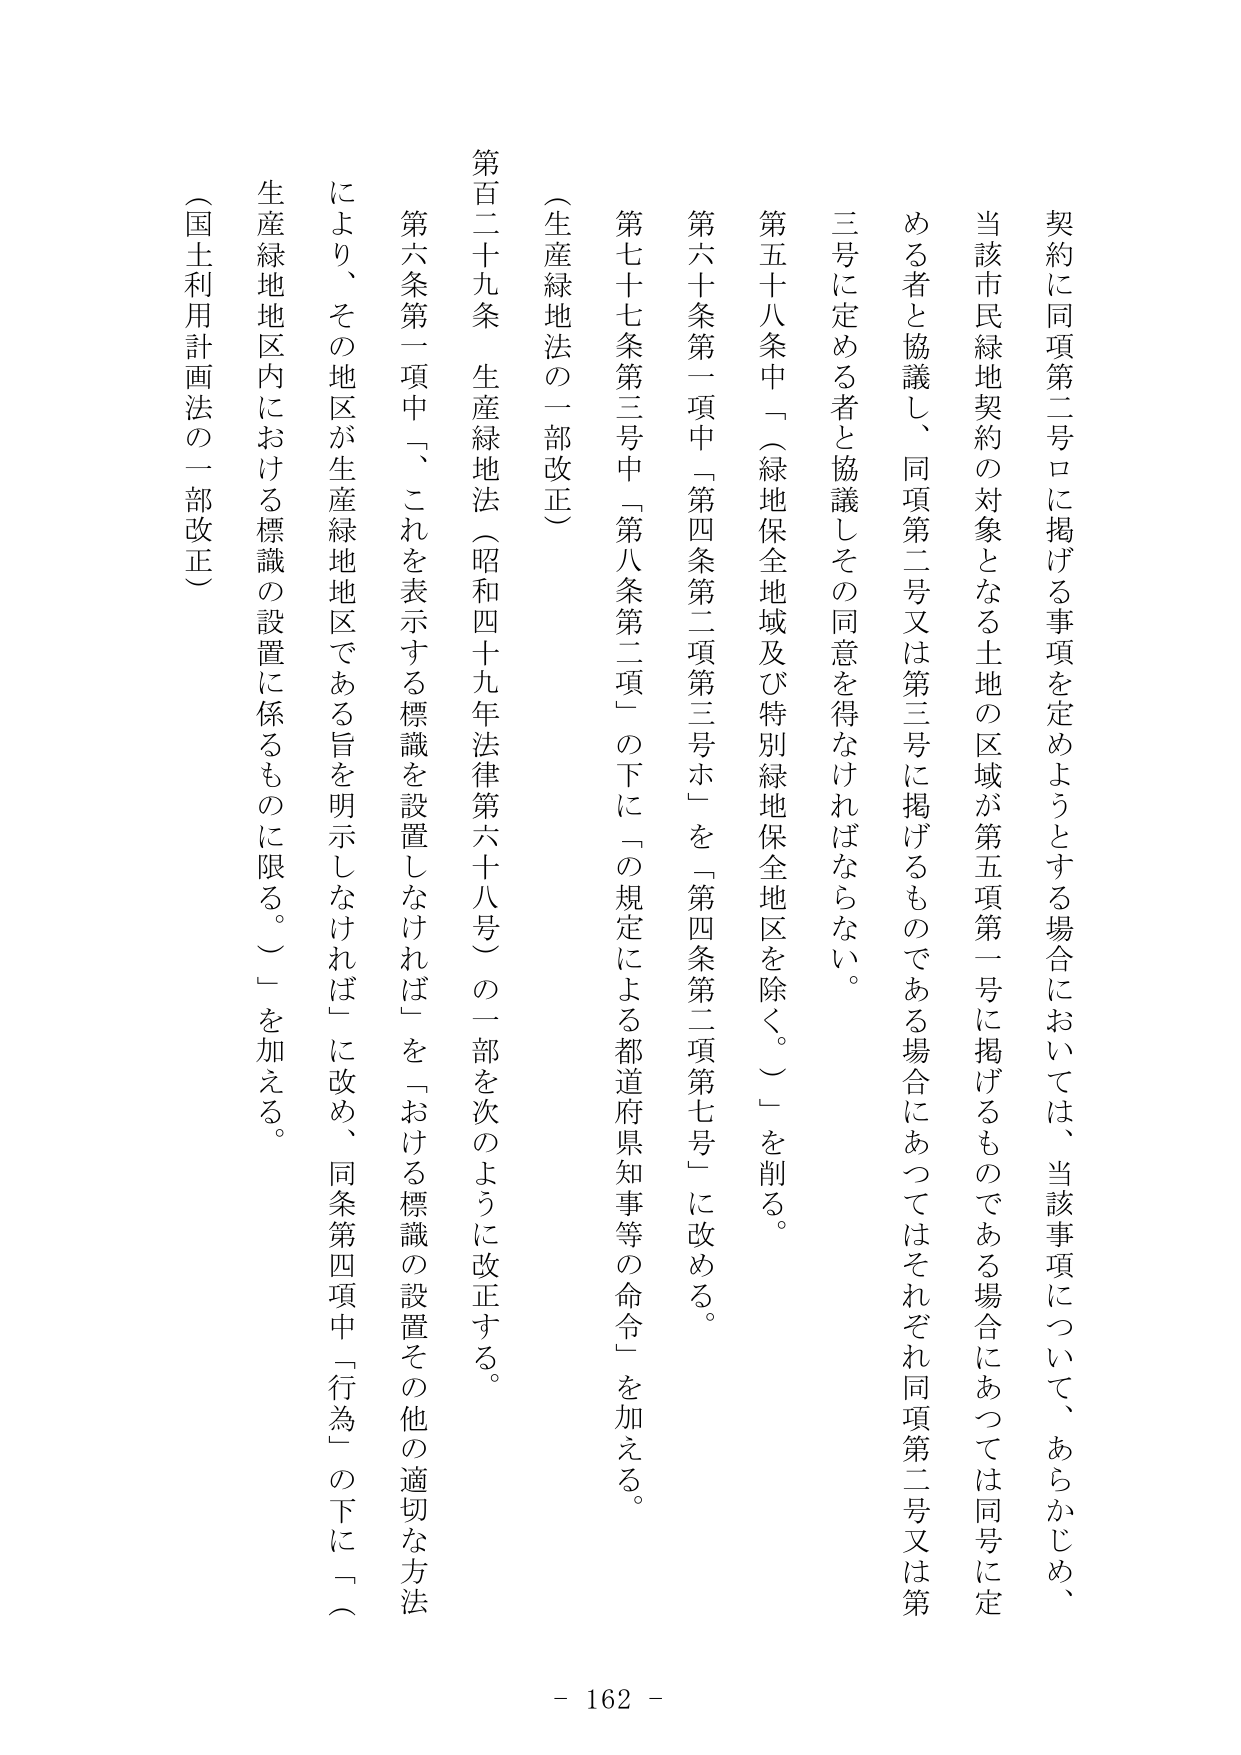
契約に同項第二号ロに掲げる事項を定めようとする場合においては、当該事項について、あらかじめ、当該市民緑地契約の対象となる土地の区域が第五項第一号に掲げるものである場合にあっては同号に定める者と協議し、同項第二号又は第三号に掲げるものである場合にあってはそれぞれ同項第二号又は第三号に定める者と協議しその同意を得なければならない。

第五十八条中「（緑地保全地域及び特別緑地保全地区を除く。）」を削る。

第六十条第一項中「第四条第二項第三号ホ」を「第四条第二項第七号」に改める。

第七十七条第三号中「第八条第二項」の下に「の規定による都道府県知事等の命令」を加える。

（生産緑地法の一部改正）

第百二十九条 生産緑地法（昭和四十九年法律第六十八号）の一部を次のように改正する。

第六条第一項中「、これを表示する標識を設置しなければ」を「おける標識の設置その他の適切な方法により、その地区が生産緑地地区である旨を明示しなければ」に改め、同条第四項中「行為」の下に「（生産緑地地区内における標識の設置に係るものに限る。）」を加える。

（国土利用計画法の一部改正）

- 162 -